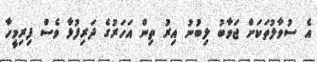
އެ ސުވާލުތަކަށް ޖަވާބު ލިބުނު އިރު ތިން އަހަރުގެ ދަރިފުޅާ ވެސް ފިރިމީހާ